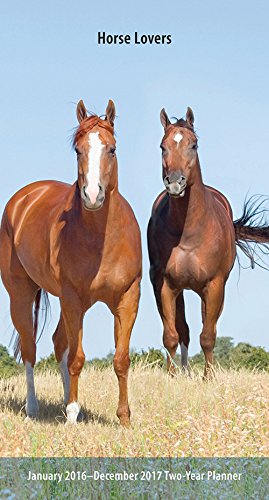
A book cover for Horse Lovers 2016 Two-Year Pocket Planner (Multilingual Edition); Browntrout Publishers; Calendars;